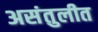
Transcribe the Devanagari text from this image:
असंतुलीत